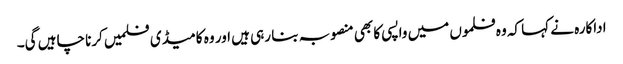
اداکارہ نے کہا کہ وہ فلموں میں واپسی کا بھی منصوبہ بنا رہی ہیں اور وہ کامیڈی فلمیں کرنا چاہیں گی۔